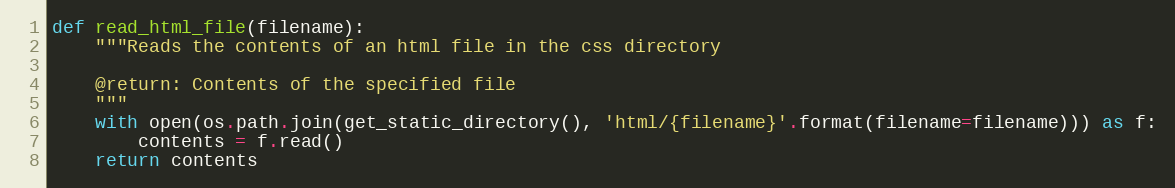
Language: Python
def read_html_file(filename):
    """Reads the contents of an html file in the css directory

    @return: Contents of the specified file
    """
    with open(os.path.join(get_static_directory(), 'html/{filename}'.format(filename=filename))) as f:
        contents = f.read()
    return contents